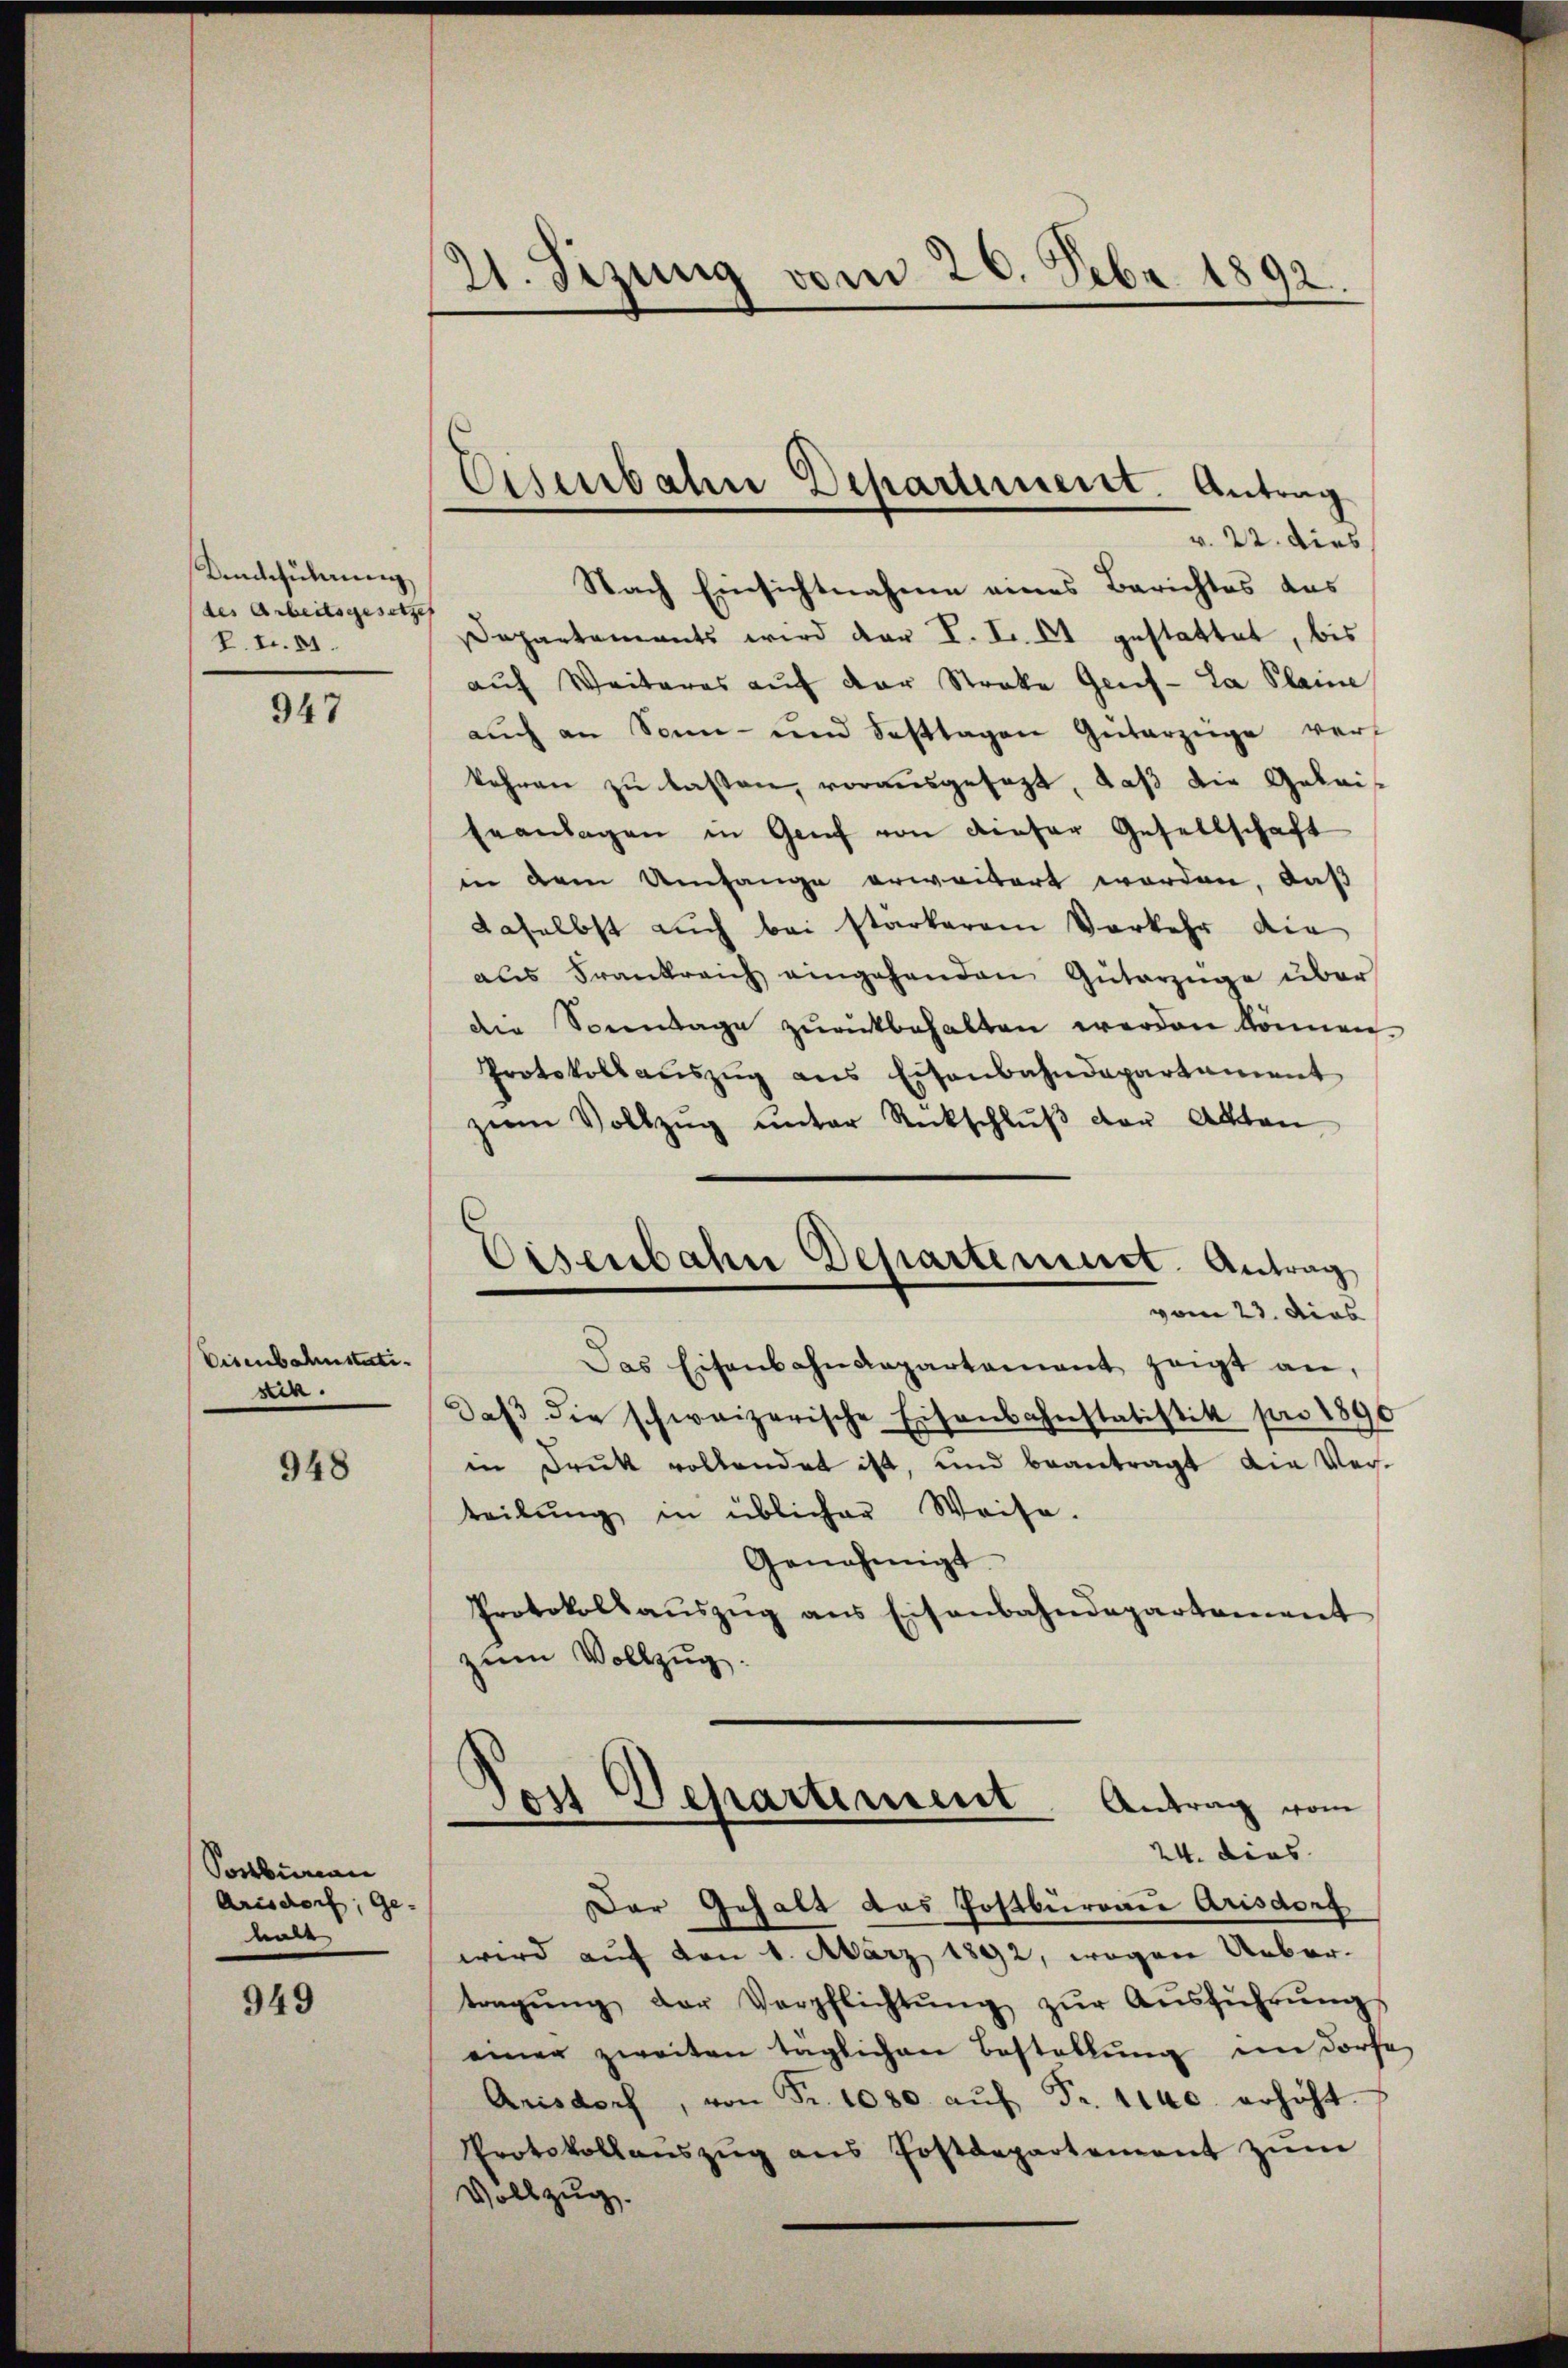
Anführung
(des Arbeitsgesetzes
L. t. 81.

947

Eisenbahnstati
stik.

949

948

Sosbureau
Arisdorf, Ge-
mi

21. Sizung vom 26. Febr. 1892.

Nach Einsichtnahme eines Berichtes das
Departaments wird der L. S. 11 gestattet, bis
auf Weiteres auf der Streke Geif- La Plaine
aŭch an Sonn- und Festtagen Güterzüge vert
kehren zu laßen, vorausgesagt, daß die Geleis¬
Eeanlagen in Genf von dieser Gesellschaft
in dem Umfange erweitert worden, daß
daselbst auch bei starkerem Vorkehr die
aus Frankreich eingehenden Güterzüge über
de Sonntage zurückbehalten werden können.
Protokoll aŭszŭg ans Eisenbahndepartament
zum Vollzŭg unter Rückschlŭβ der Akten
Eisenbahne Departement. Antrag
vom 23. dies
Das Eisenbahndepartement zeigt an,
daβ die schweizerische Eisenbahnstatistik pro 1890
in Druk vollendet ist, und beantragt die Verteilŭng in üblicher Weise.
Genehmigt.
Protokollaŭszŭg ans Eisenbahndepartement
zum Vollzug.

Eisenbahn Departement. Antrag
v. 22. dies

Der Gehalt das Postbureau Arisdorf
wird auf von 1. März 1892, wegen Uebertragŭng der Verpflichtŭng zŭr Aŭsführŭng
einer zweiten taglichen Bestellŭng im Dorfe
Arisdorf, von Fr. 1080. aŭf Fr. 1140. erhöht.
Protokollanszŭg ans Postdepartement zŭm
Vollzug.

Gost Departement Antrag vom
24. dies